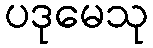
ပဒုမေသု